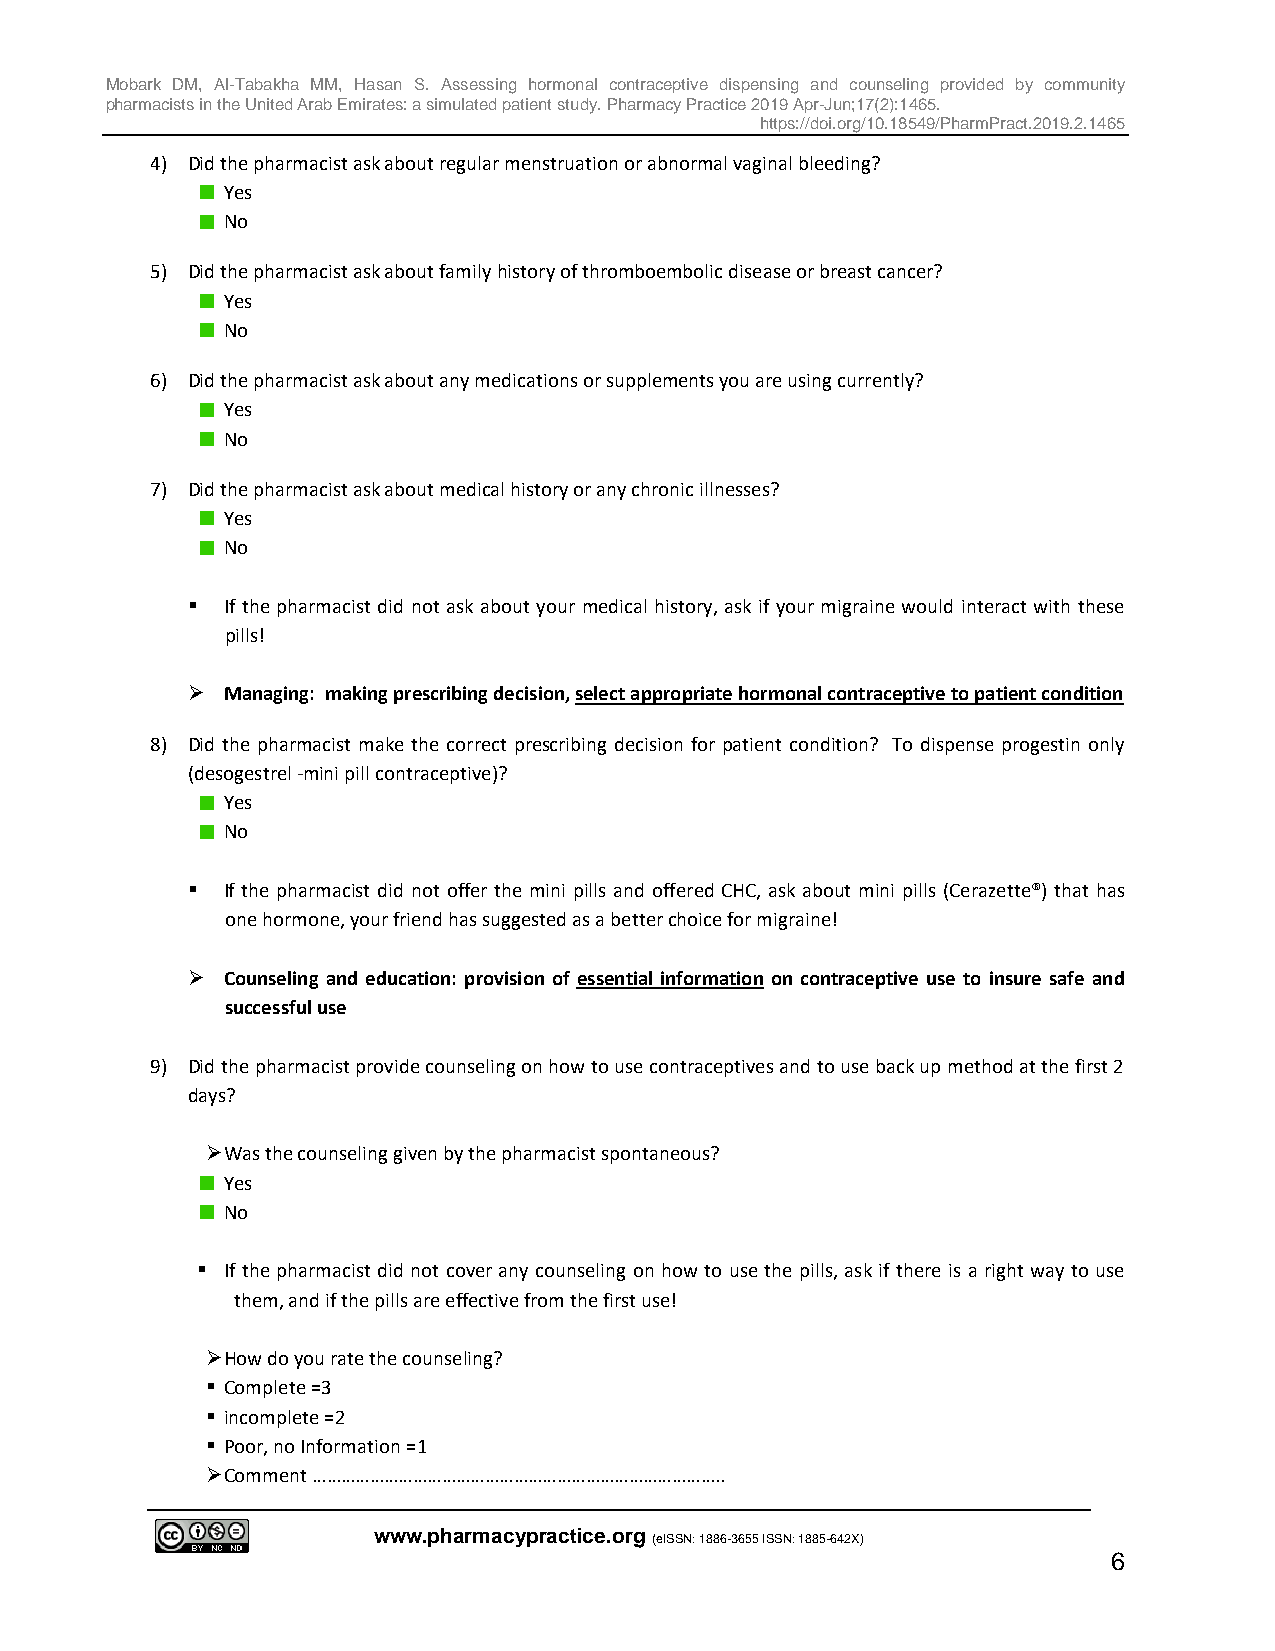
Mobark DM, Al-Tabakha MM, Hasan S. Assessing hormonal contraceptive dispensing and counseling provided by community
 pharmacists in the United Arab Emirates: a simulated patient study. Pharmacy Practice 2019 Apr-Jun;17(2):1465.
 https://doi.org/10.18549/PharmPract.2019.2.1465
 4) Did the pharmacist ask about regular menstruation or abnormal vaginal bleeding?
 Yes
 No
 5) Did the pharmacist ask about family history of thromboembolic disease or breast cancer?
 Yes
 No
 6) Did the pharmacist ask about any medications or supplements you are using currently?
 Yes
 No
 7) Did the pharmacist ask about medical history or any chronic illnesses?
 Yes
 No
   If the pharmacist did not ask about your medical history, ask if your migraine would interact with these
 pills!
   Managing: making prescribing decision, select appropriate hormonal contraceptive to patient condition
 8) Did the pharmacist make the correct prescribing decision for patient condition? To dispense progestin only
 (desogestrel -mini pill contraceptive)?
 Yes
 No
   If the pharmacist did not offer the mini pills and offered CHC, ask about mini pills (Cerazette®) that has
 one hormone, your friend has suggested as a better choice for migraine!
   Counseling and education: provision of essential information on contraceptive use to insure safe and
 successful use
 9) Did the pharmacist provide counseling on how to use contraceptives and to use back up method at the first 2
 days?
  Was the counseling given by the pharmacist spontaneous?
 Yes
 No
  If the pharmacist did not cover any counseling on how to use the pills, ask if there is a right way to use
 them, and if the pills are effective from the first use!
  How do you rate the counseling?
  Complete =3
  incomplete =2
  Poor, no Information =1
  Comment …………………………………………………………………………..
 www.pharmacypractice.org
 (eISSN: 1886-3655 ISSN: 1885-642X)
 6